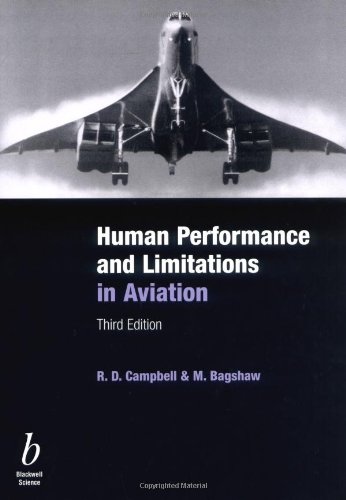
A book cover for Human Performance & Limitations in Aviation, Third Edition; R. D. Campbell; Engineering & Transportation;